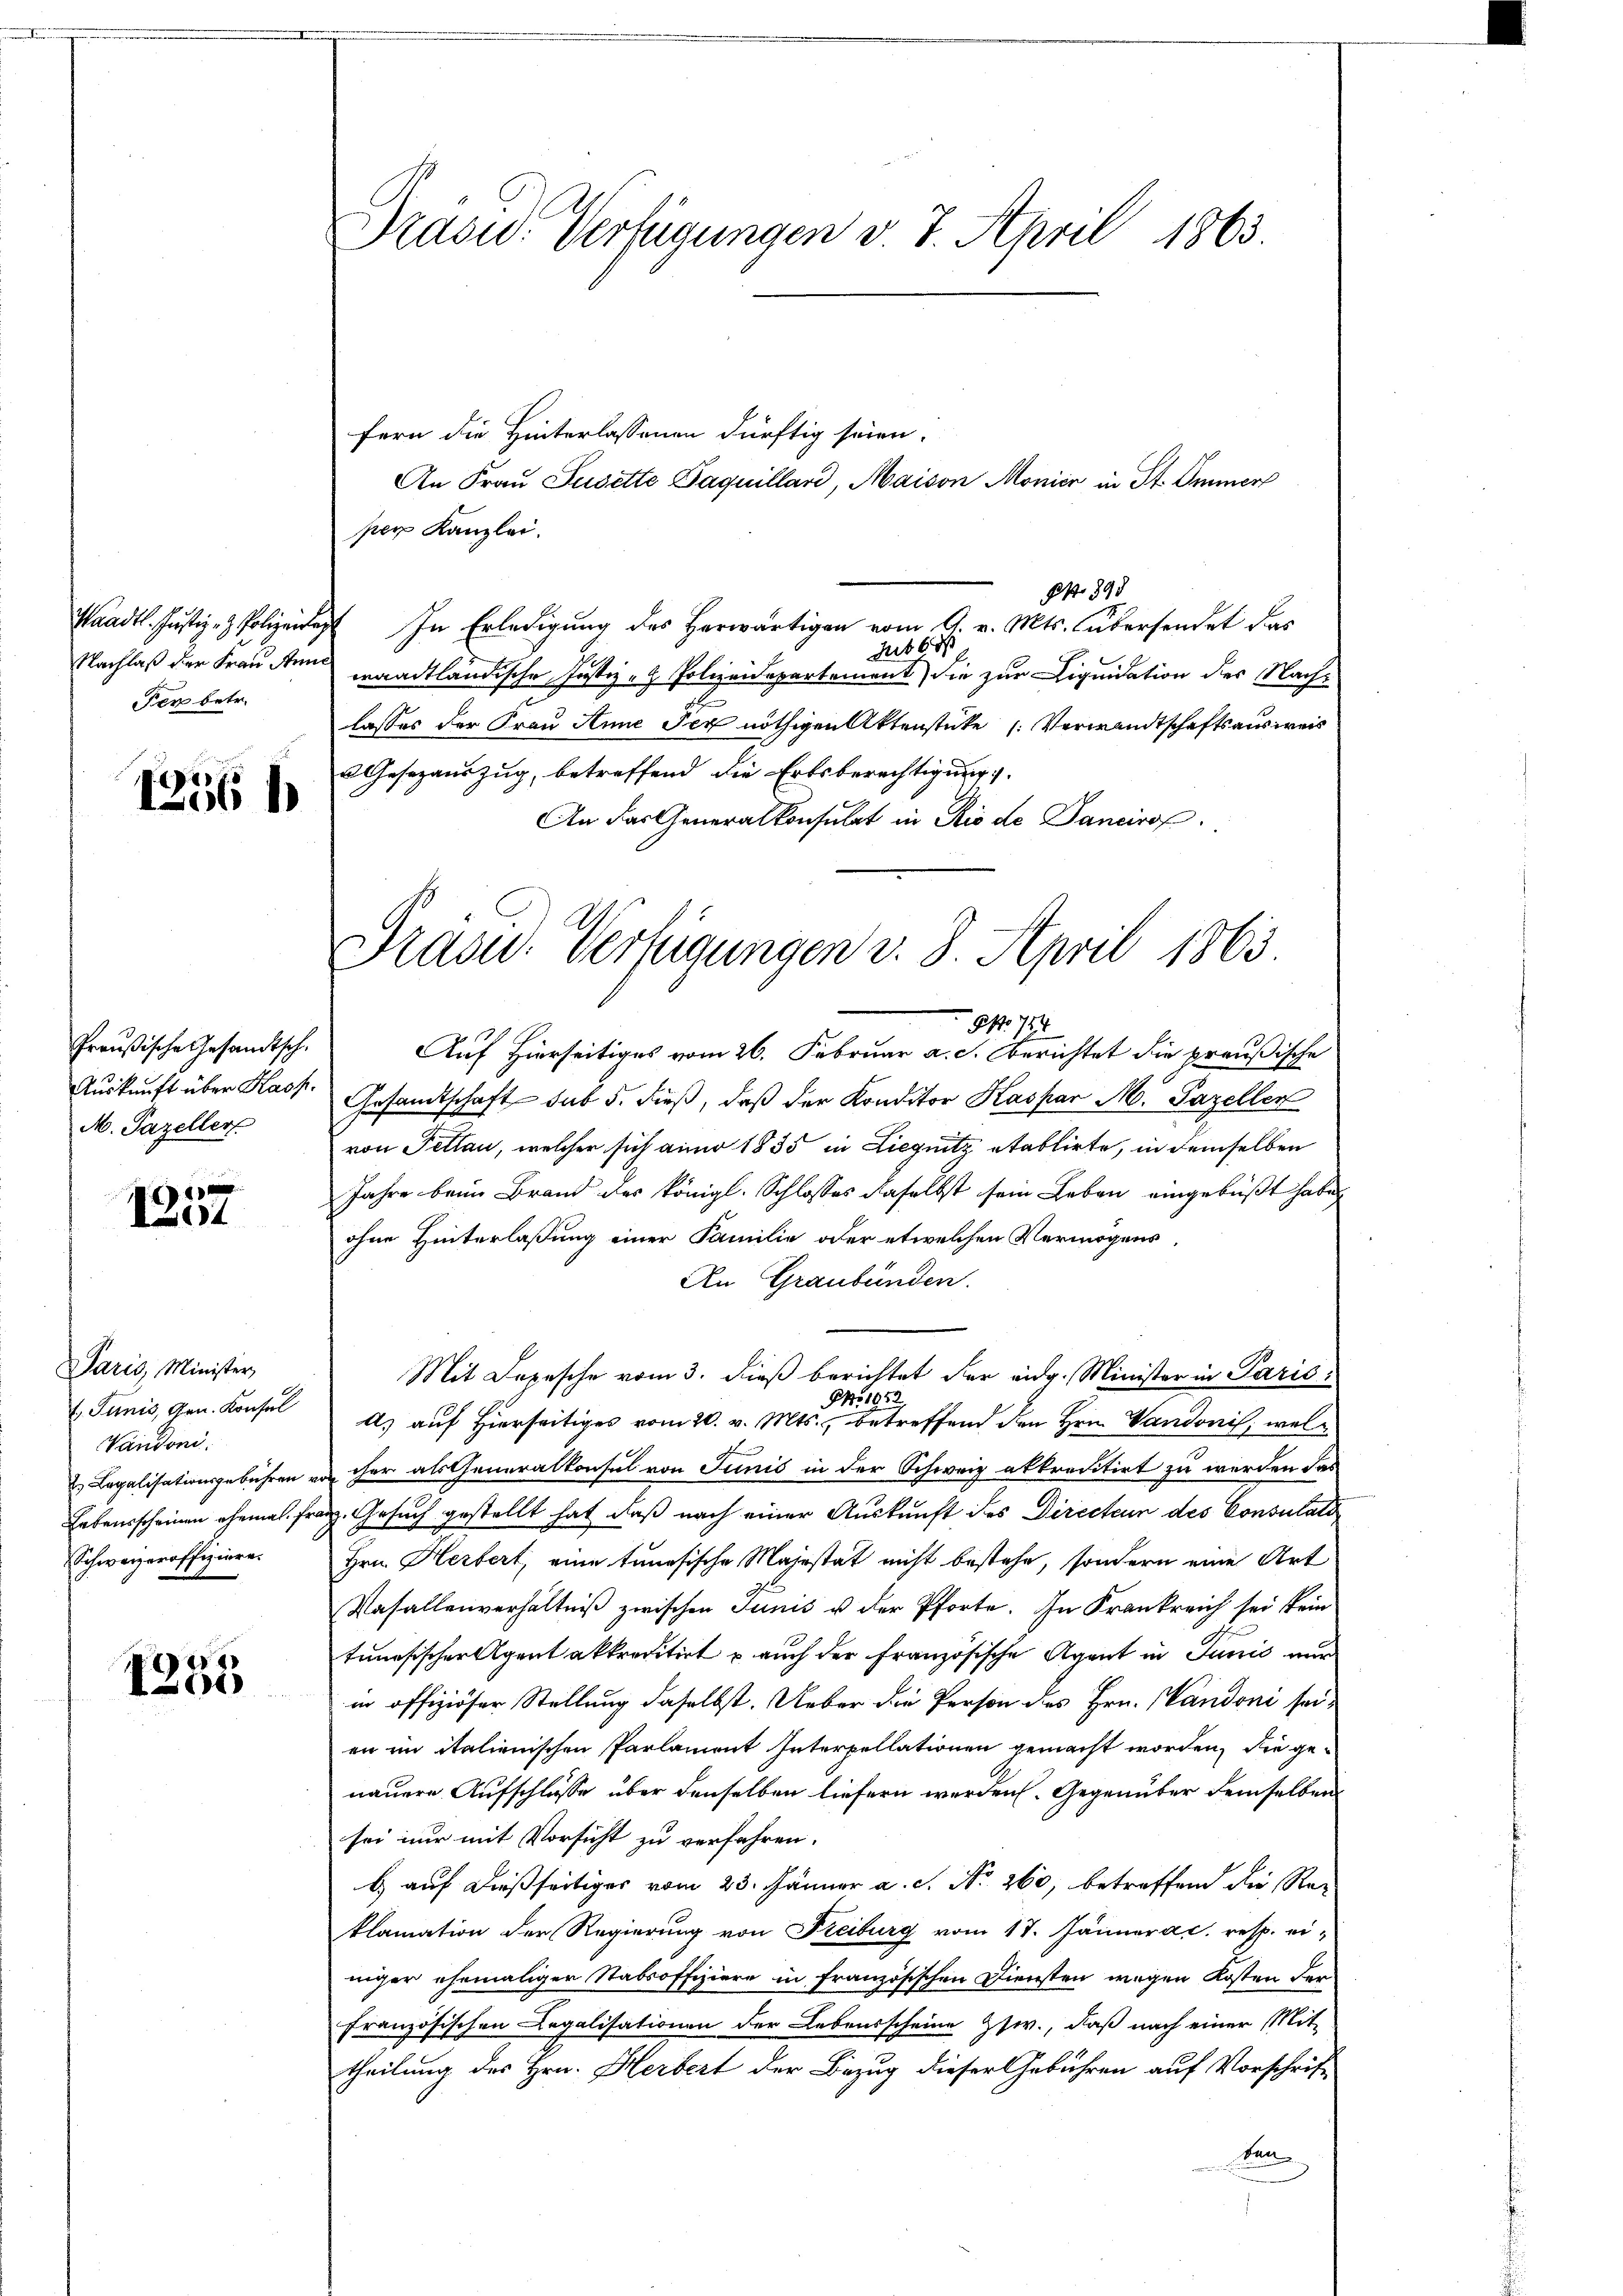
Waadt. Justiz- & Polizeide
Nachlaß der Frau Ann
Per betr.

1256 h

Preußische Gesandtsch
Auskunft über Kasp.
M. Pazeller

1
I.91

Paris Minister,
l. Junis, Gen. Konsul
Vaudoni.
 Lapalisationsgebühren v
Lebensscheinen ehemal frü
Schwarzeroffiziere.

e
101)

Präsid. Verfügungen v. 7. April 1863

fern die Hinterlassenen dürftig seien.
An Frau Jusette Paquilland, Maison Monier in St. Immer
per Kanzlei.
ONo 398
 In Erledigung des Herwärtigen vom 9. v. Mts. übersendet das
hub d
waadtländische Justiz- & Polizeidepartement) die zur Liquidation des Nach-
2
lasses der Frau Anne der nöthigen Aktenstücke (Verwandtschaftsausweis
2 Gesezauszug, betreffend die Erbsberechtigung.
An das Generalkonsulat in Rio de Sanciro
No 724
Auf Hierseitiges vom 26. Februar a. c. berichtet die preußische
Gesandtschaft sub 5. dieß, daß der Konditor Kaspar M. Pazellen
von Fellan, welcher sich anno 1835 in Liegnitz etablirte, in demselben
Jahre beim Brand des königl. Schlosses daselbst sein Leben eingebüßt habe
ohne Hinterlaßung einer Familie oder etwelchen Vermögens
An Graubünden.
Mit Depesche vom 3. dieß berichtet der eidg. Minister in Paris.
NNo 1052
ds auf Hierseitiges vom 20. v. Mts., betreffend den Hrn. Vandonis, weliher als Generalkonsul von Junić in der Schweiz abtreditirt zu werden das
z. Gesuch gestellt hat, daß nach einer Auskunft des Directum des Consulator
Hrn. Herbert, eine tanösische Majestät nicht bestehe, sondern eine Art
Vasallenverhältniß zwischen Junis u der Pforte. In Frankreich sei kein
tunesischer Agent akkreditirt u. auch der Französische Agent in Junis nun
in offiziöser Stellung daselbst. Ueber die Person des Hrn. Wandoni seien in italienischen Parlament Interpellationen gemacht worden, die genauere Aufschlüsse über denselben liefern werden. Gegenüber demselben
sei nur mit Vorsicht zu verfahren.
b auf dießseitiger vom 23. Jänner a. c. No. 260, betreffend die Reklamation der Regierung von Freiburg vom 17. Jännera c. resp. einiger ehemaliger Stabsoffiziere in französischen Diensten wegen Kosten der
französischen Legalisationen der Lebensscheine Zsw., daß nach einer Mit-
theilung des Hrn. Herbert der Bezug dieser Gebühren auf Vorschrift
Ben

Fras. Verfügungen v. 8. April 1863